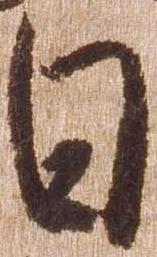
日